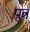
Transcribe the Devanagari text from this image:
प़ुत्र